Vaccination in Burma 1889-1999 - 1889-1999
Year: 1889
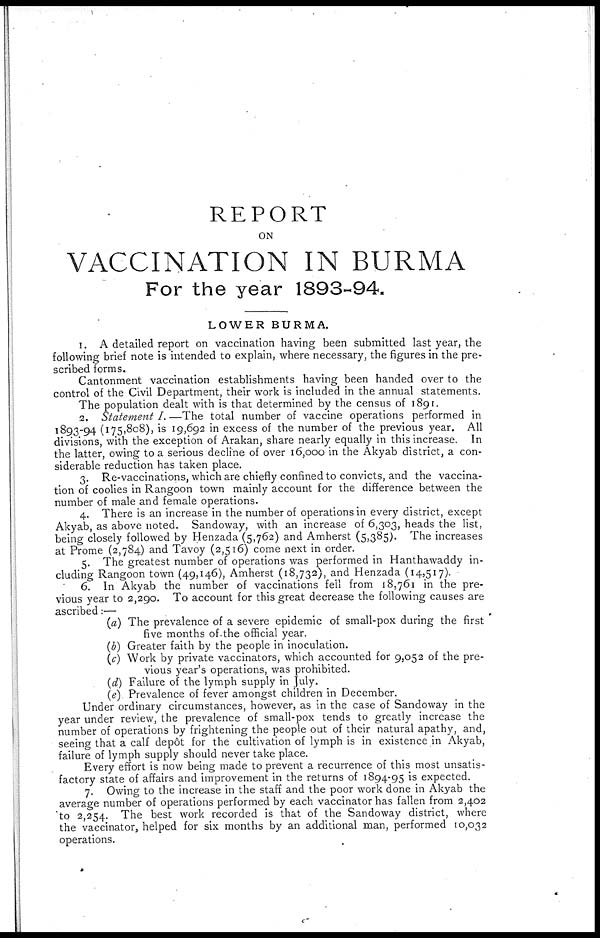
REPORT
ON
VACCINATION IN BURMA
For the year 1893-94.
LOWER BURMA.
1. A detailed report on vaccination having been submitted last year, the
following brief note is intended to explain, where necessary, the figures in the pre-
scribed forms.
Cantonment vaccination establishments having been handed over to the
control of the Civil Department, their work is included in the annual statements.
The population dealt with is that determined by the census of 1891.
2. Statement I. —The total number of vaccine operations performed in
1893-94 (175,808), is 19,692 in excess of the number of the previous year. All
divisions, with the exception of Arakan, share nearly equally in this increase. In
the latter, owing to a serious decline of over 16,000 in the Akyab district, a con-
siderable reduction has taken place.
3. Re-vaccinations, which are chiefly confined to convicts, and the vaccina-
tion of coolies in Rangoon town mainly account for the difference between the
number of male and female operations.
4. There is an increase in the number of operations in every district, except
Akyab, as above noted. Sandoway, with an increase of 6,303, heads the list,
being closely followed by Henzada (5,762) and Amherst (5,385). The increases
at Prome (2,784) and Tavoy (2,516) come next in order.
5. The greatest number of operations was performed in Hanthawaddy in-
cluding Rangoon town (49,146), Amherst (18,732), and Henzada (14,517).
6. In Akyab the number of vaccinations fell from 18,761 in the pre-
vious year to 2,290. To account for this great decrease the following causes are
ascribed:—
(a) The prevalence of a severe epidemic of small-pox during the first
five months of the official year.
(b) Greater faith by the people in inoculation.
(c) Work by private vaccinators, which accounted for 9,052 of the pre-
vious year's operations, was prohibited.
(d) Failure of the lymph supply in July.
(e) Prevalence of fever amongst children in December.
Under ordinary circumstances, however, as in the case of Sandoway in the
year under review, the prevalence of small-pox tends to greatly increase the
number of operations by frightening the people out of their natural apathy, and,
seeing that a calf depôt for the cultivation of lymph is in existence in Akyab,
failure of lymph supply should never take place.
Every effort is now being made to prevent a recurrence of this most unsatis-
factory state of affairs and improvement in the returns of 1894-95 is expected.
7. Owing to the increase in the staff and the poor work done in Akyab the
average number of operations performed by each vaccinator has fallen from 2,402
to 2,254. The best work recorded is that of the Sandoway district, where
the vaccinator, helped for six months by an additional man, performed 10,032
operations.